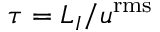
\tau = { L _ { I } } / { u ^ { \mathrm { { r m s } } } }